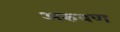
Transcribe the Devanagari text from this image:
अरुवण